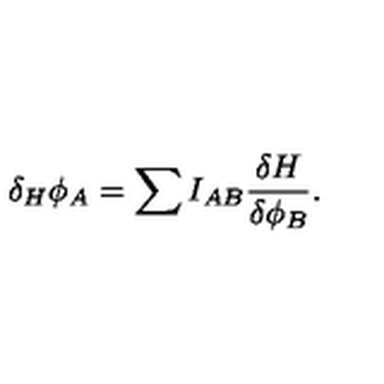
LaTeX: \delta _ { H } \phi _ { A } = \sum I _ { A B } { \frac { \delta H } { \delta \phi _ { B } } } .